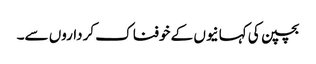
بچپن کی کہانیوں کے خوفناک کرداروں سے۔